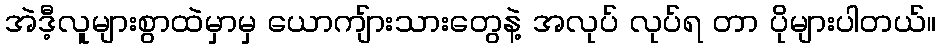
အဲဒီ့လူများစွာထဲမှာမှ ယောကျ်ားသားတွေနဲ့ အလုပ် လုပ်ရ တာ ပိုများပါတယ်။